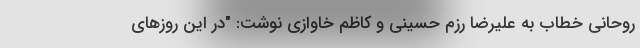
روحانی خطاب به علیرضا رزم حسینی و کاظم خاوازی نوشت: "در این روزهای